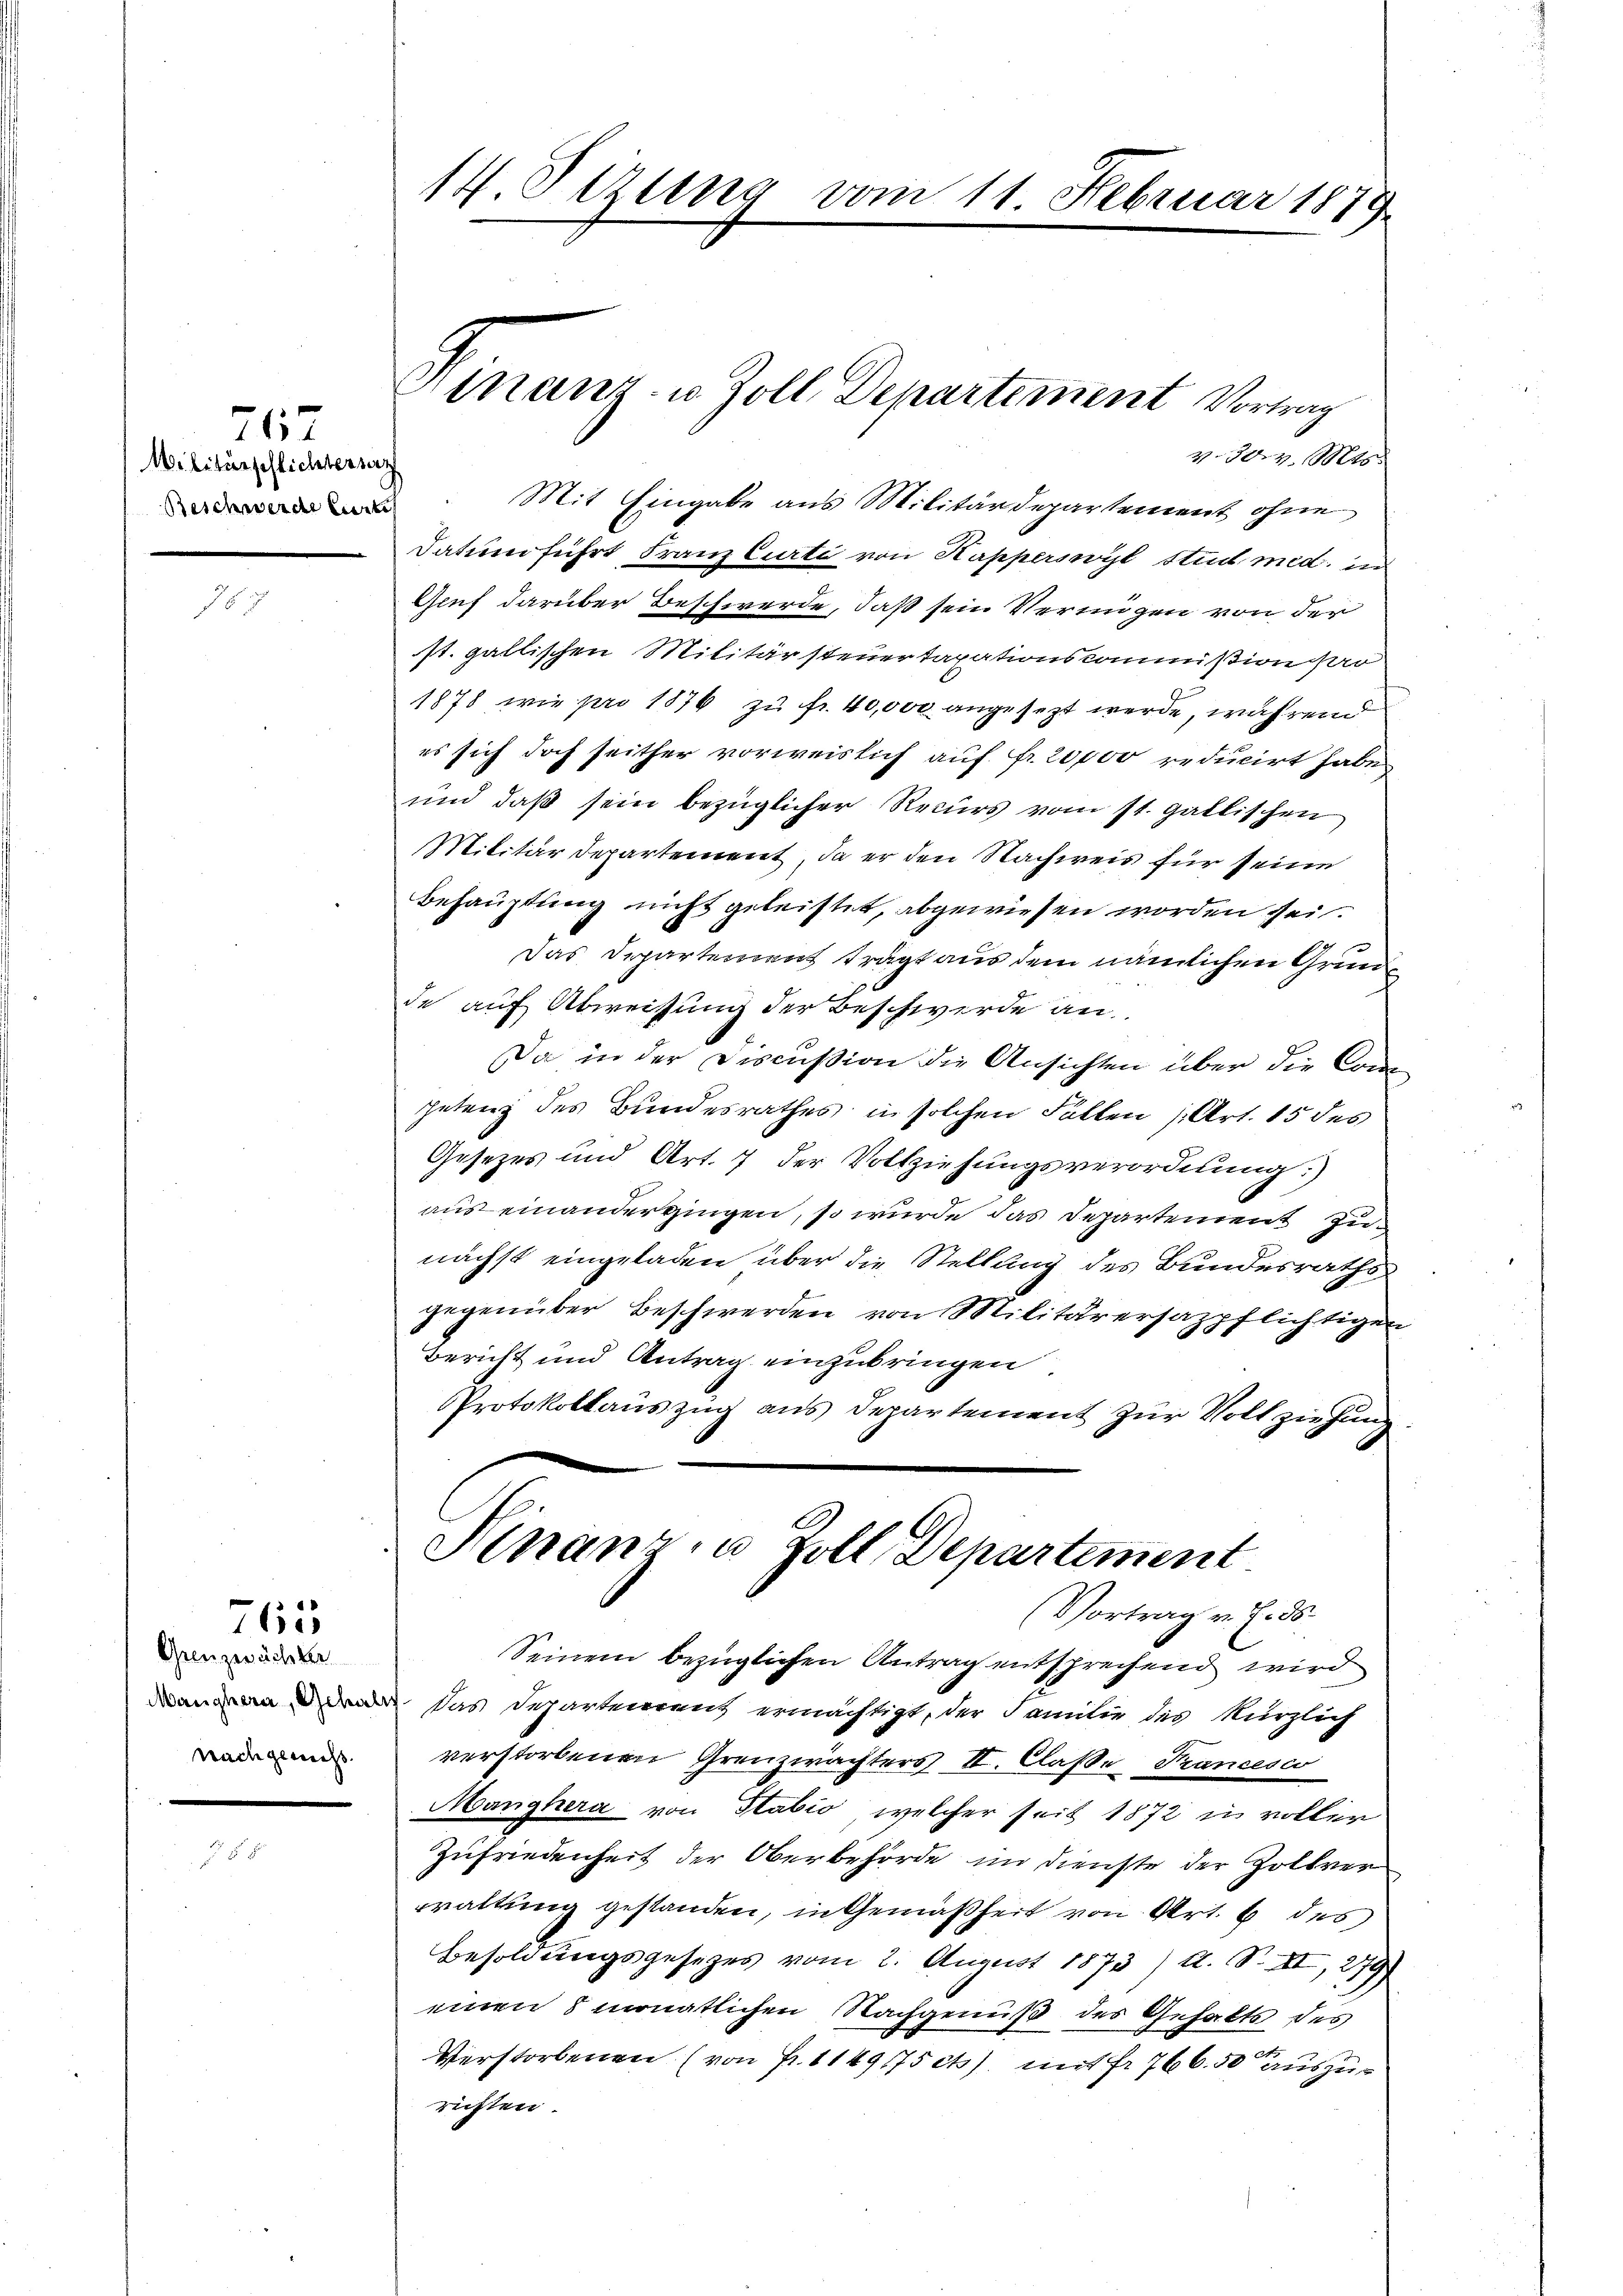
715
Militärschlichtbriez
Beschwerde Curtis

Grenzwächter
Manchern, Gehalt
nach gericht.

760

14. Tizung vom 11. Februar 1879

Finanz- u. Zoll Departement Vortrag

v. 304. Mts.
Mit Eingabe aus Militärdepartement ohne
Datum führt Franz Curti von Kapperswyl Stud. med. in
Genf darüber Beschwerde, daß sein Verungen von der
st. gallischen Militärsteuertaxationskommißion so
1878 wie pro 1876 zŭ fr. 40,000 angesezt werde, während
es sich doch seither vorweislich auf fr. 20,000 reducirt habe.
und daß sein bezüglicher Recurs vom st. gallischen
Militärdepartement, da er den Nachweis für seine
Behauptung nicht geleistet, abgewiesen worden sei.
f
Das Departement trägt aus dem nämlichen Grunde auf Abweisung der Beschwerde an
Da in der Discussion die Ansichten über die Conc
.
petenz des Bundesrathes in solchen Fällen (Art. 15 des
Gesetzes und Art. 7 der Vollziehungsverordnung:
auseinandergingen, so wurde das Departement zunächst eingeladen über die Stellung des Bundesraths
gegenüber Beschwerden von Militär ersazpflichtigen
6
Bericht und Antrag einzubringen
Protokollauszug aus Departement zur Vollziehung
Finanz u. Zoll Departement
Vortrag v. 7. ds.
Seinem bezüglichen Antrag entsprechend wird
Das Departement ermächtigt, der Familie des kürzlich
verstorbenen Grenzwachters II. Claße Francesco
Manghera von Stabio, welcher seit 1872 in voller
Zufriedenheit der Oberbehörde im Dienste der Zollver
waltung gestanden, in Gemäßheit von Art. 6 des
Besoldungsgesetzes vom 2. August 1873/ A. S. II, 279
einen 8 monatlichen Nachgenuß des Gehalts des
Verstorbenen (von Fr. 1149175 ct) mit fr. 766. 50 auszurichten.